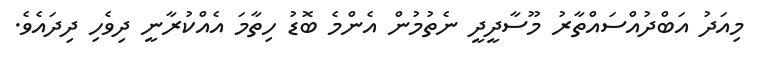
މިއަދު އަބްދުއްސައްތާރު މޫސާދީދީ ނެތުމުން އެންމެ ބޮޑު ހިތާމަ އެއްކުރާނީ ދިވެހި ދިދައެވެ.